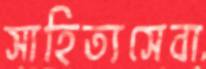
সাহিত্যসেবা